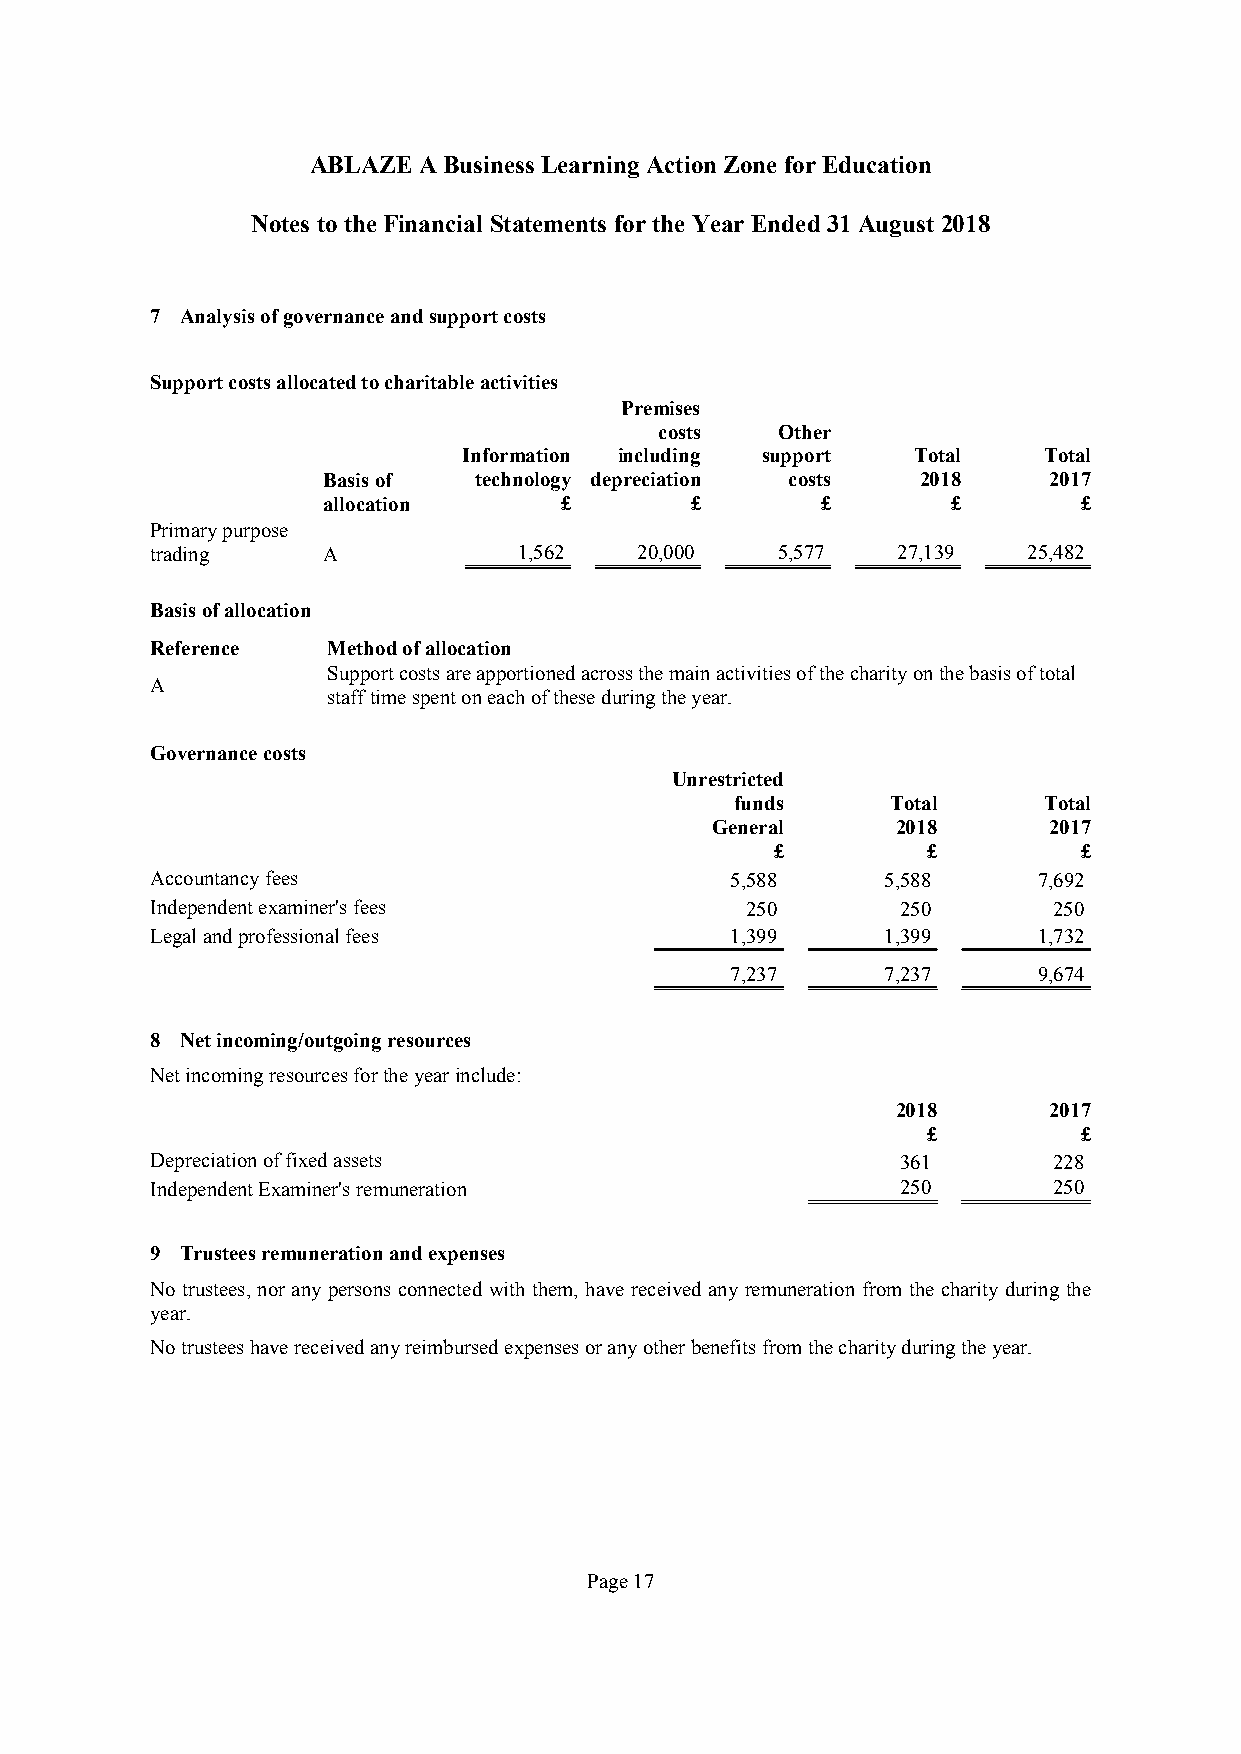
ABLAZE  ABusinessLearning Action Zone forEducation
 Notes totheFinancial Statements fortheYear Ended31August2018
 7 Analysisofgovernanceandsupportcosts
 Supportcostsallocatedtocharitableactivities
 Premises
 costs  Other
 Information including support Total   Total
 Basisof   technology depreciation costs 2018    2017
 allocation      £        £       £        £        £
 Primarypurpose
 trading    A            1,562   20,000   5,577   27,139   25,482
 Basisofallocation
 Reference   Methodofallocation
 Supportcostsareapportionedacrossthemainactivitiesofthecharityonthebasisoftotal
 A
 stafftimespentoneachoftheseduringtheyear.
 Governancecosts
 Unrestricted
 funds     Total     Total
 General     2018      2017
 £         £          £
 Accountancyfees                       5,588     5,588      7,692
 Independentexaminer'sfees              250        250       250
 Legalandprofessionalfees              1,399     1,399      1,732
 7,237     7,237      9,674
 8 Netincoming/outgoingresources
 Netincomingresourcesfortheyearinclude:
 2018      2017
 £          £
 Depreciationoffixedassets                         361       228
 IndependentExaminer'sremuneration                 250       250
 9 Trusteesremunerationandexpenses
 No trustees, nor any persons connected with them, have received any remuneration from the charity during the
 year.
 Notrusteeshavereceivedanyreimbursedexpensesoranyotherbenefitsfromthecharityduringtheyear.
 Page17